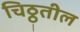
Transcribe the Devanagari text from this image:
चिठ्ठ्तील